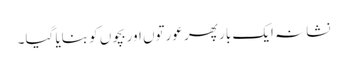
نشانہ ایک بار پھر عورتوں اوربچوں کو بنایا گیا۔